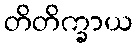
တိတိက္ခာယ